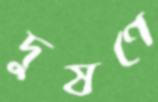
দুষণে